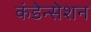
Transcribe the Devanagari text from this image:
कंडेन्सेशन